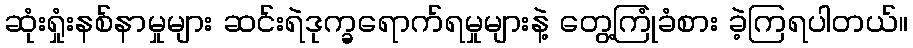
ဆုံးရှုံးနစ်နာမှုများ ဆင်းရဲဒုက္ခရောက်ရမှုများနဲ့ တွေ့ကြုံခံစား ခဲ့ကြရပါတယ်။